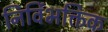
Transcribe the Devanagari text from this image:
निर्विभक्तिक